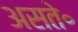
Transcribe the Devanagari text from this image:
असते॰